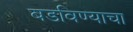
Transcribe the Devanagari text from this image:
बडविण्याचा